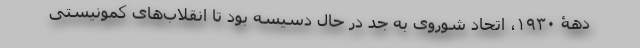
دهۀ ۱۹۳۰، اتحاد شوروی به جد در حال دسیسه بود تا انقلاب‌های کمونیستی